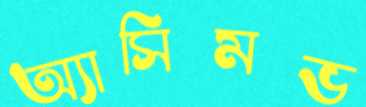
অ্যাসিমভ